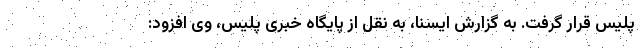
پلیس قرار گرفت. به گزارش ایسنا، به نقل از پایگاه خبری پلیس، وی افزود: